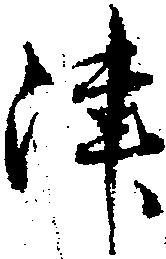
津